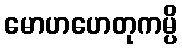
မောဟဟေတုကမ္ပိ